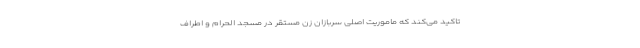
تاکید می‌کند که ماموریت اصلی سربازان زن مستقر در مسجد الحرام و اطراف